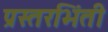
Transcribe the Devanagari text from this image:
प्रस्तरभिंती